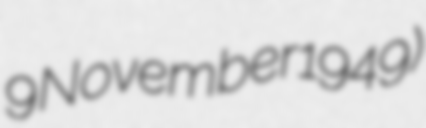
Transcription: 9 November 1949)